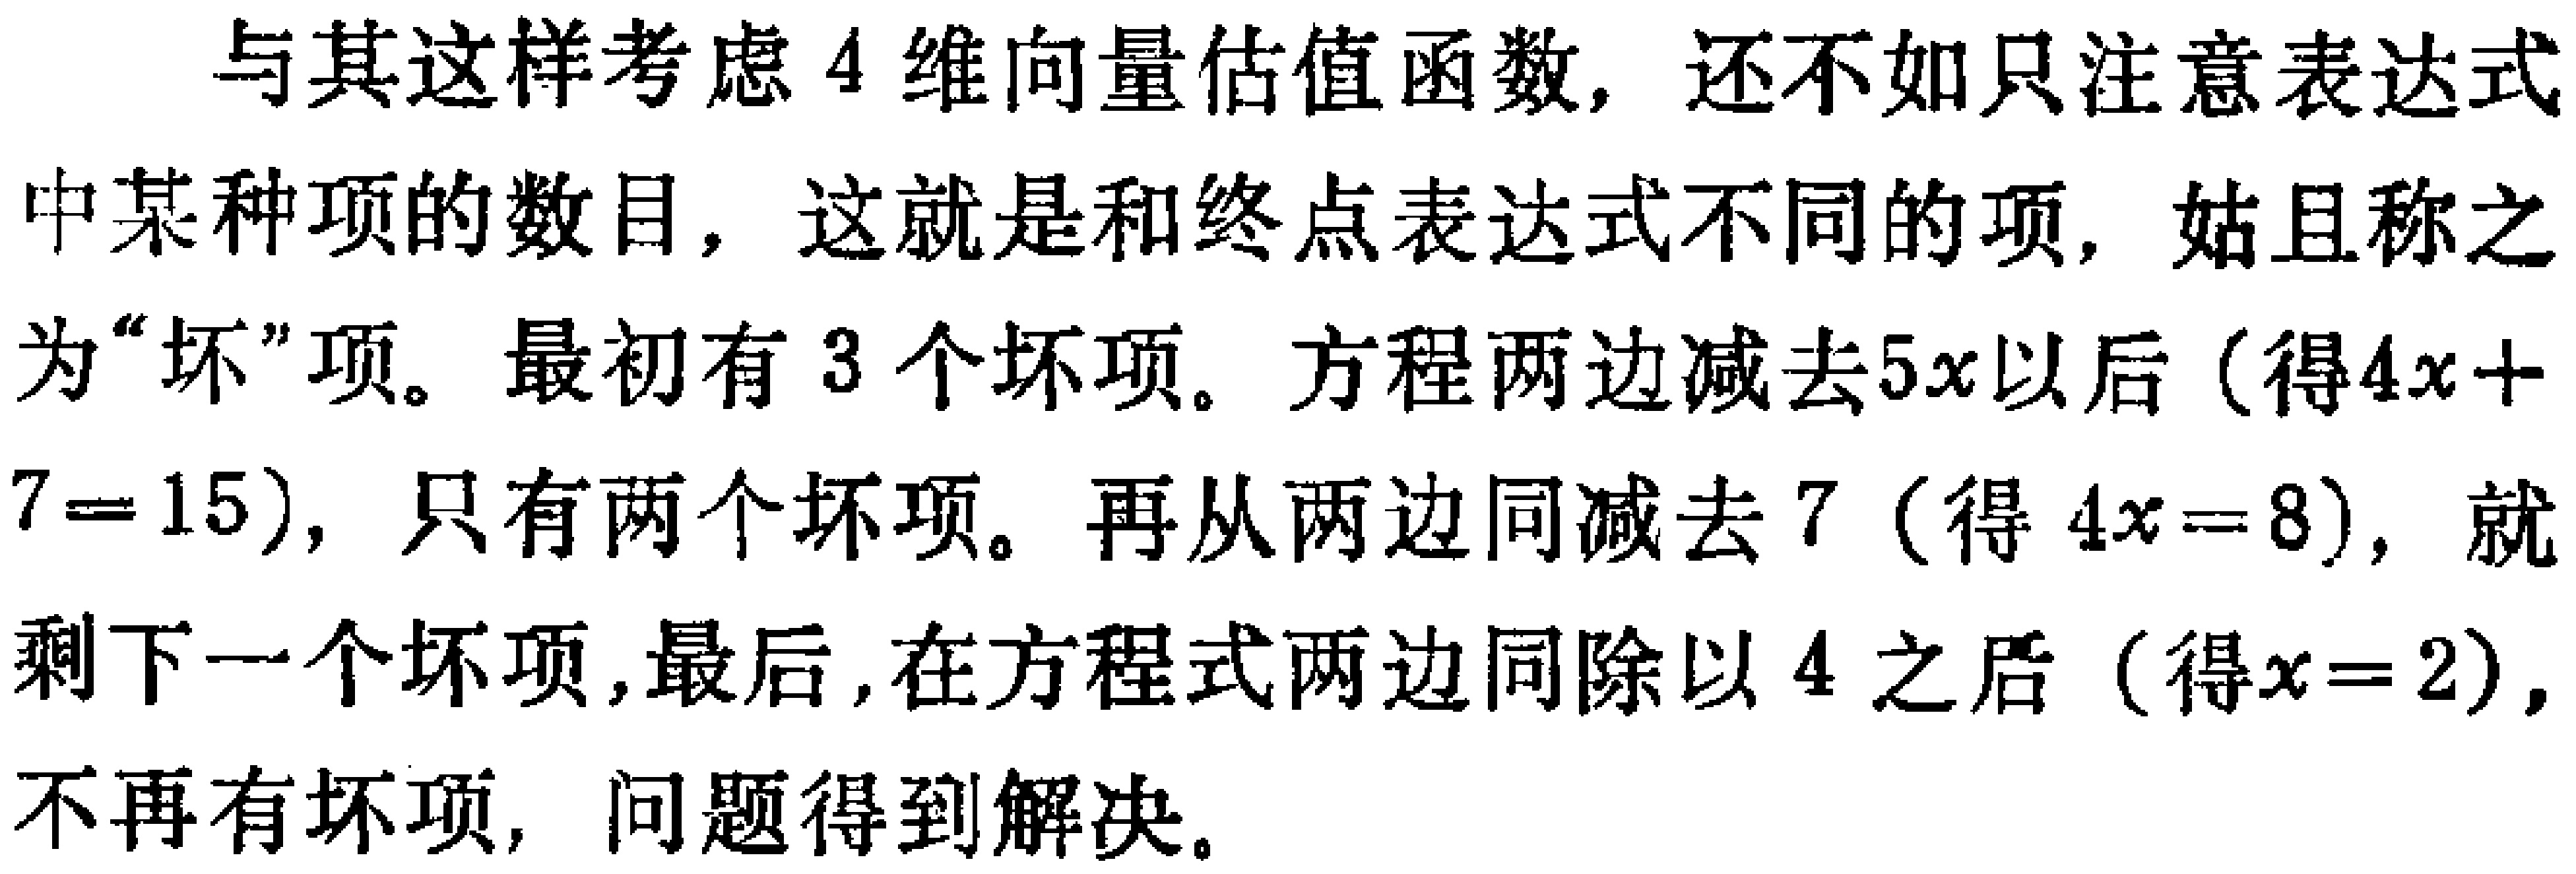
与其这样考虑 4 维向量估值函数, 还不如只注意表达式中某种项的数目, 这就是和终点表达式不同的项, 姑且称之为“坏”项。最初有 3 个坏项。方程两边减去\(5x\)以后 (得\(4x + 7 = 15\)), 只有两个坏项。再从两边同减去 7 (得 \(4x = 8\)), 就剩下一个坏项,最后,在方程式两边同除以 4 之后 (得\(x = 2\)), 不再有坏项, 问题得到解决。